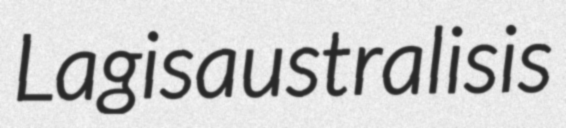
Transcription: Lagis australis is